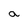
Character: a